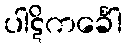
ပါဋိကင်္ခေါ